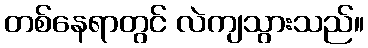
တစ်နေရာတွင် လဲကျသွားသည်။